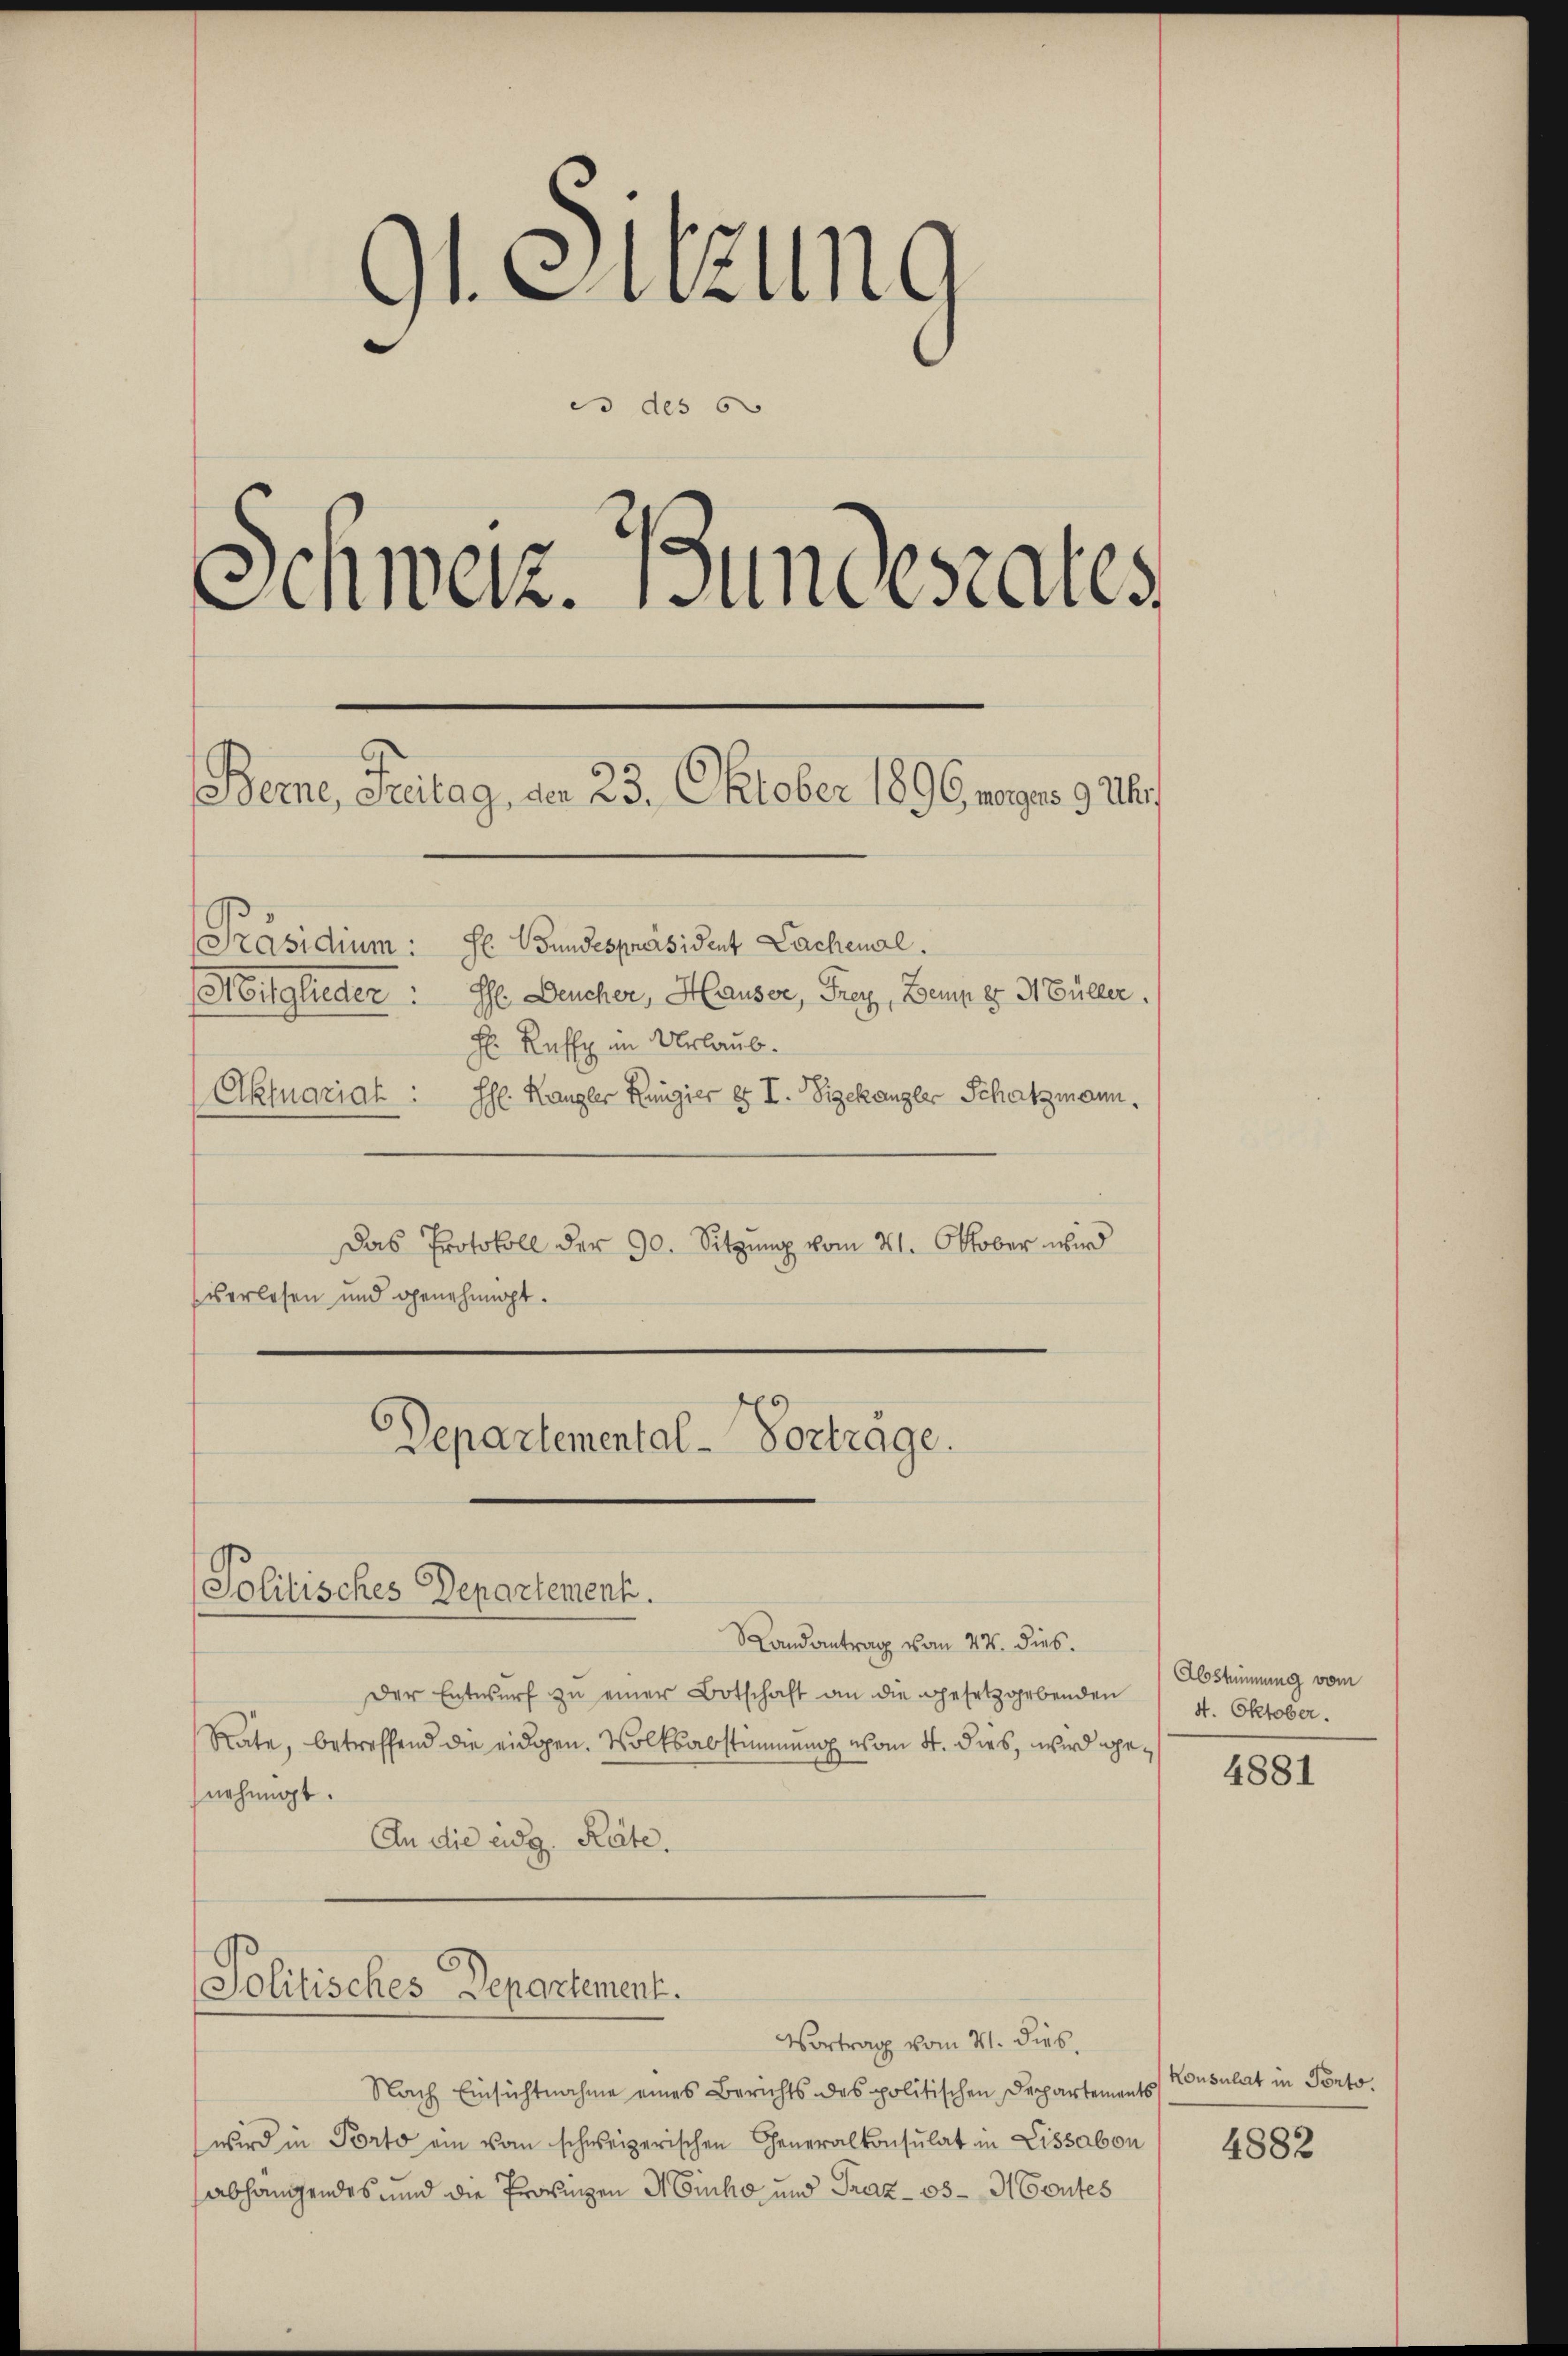
91. Sitzung
es des 6
Schweiz. Bundesrates
Berne, Freitag, den 23. Oktober 1899 Magnis 9 Uhr
Präsidium: El Bundespräsident Lachenal.
Mitglieder: H. Deucher, Hauser, Frey, Berum er Müller.
H: Reffy im Urlaub¬
Aktuariat :
Ihl Kanzler Ringier es I. Sigekanzler Schatzmann.

Das Protokoll der 90. Sitzung vom 21. Oktober wird
s erlesen und genehmigt.
Departemental-Vortrage.
Politisches Departement.
Randantrag vom 24. dies.
Der Entwurf zu einer Botschaft an die gesetzgebenden
Rate, betreffend die eidgen. Volksabstimmung vom 4. dies, wird genehmigt.
An die eidg. Räte.

Politisches Departement.

Vortrag vom 21. dies.
Nach Einsichtnahme eines Berichts des politischen Departements
wird in Porto ein vom schweizerischen Generalkonsulat in Lissabon
abhangendes und die Provingen HEinho und Graz- os-Montes

Abstimmung vom
4. Oktober.

4881

Konsulat in Ponto.

4882